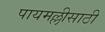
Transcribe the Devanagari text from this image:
पायमल्लीसाठी